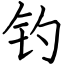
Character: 钓